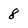
Character: 8